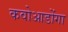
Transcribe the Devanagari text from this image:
कवोआडोंगा